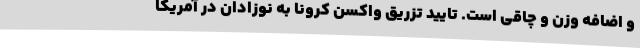
و اضافه وزن و چاقی است. تایید تزریق واکسن کرونا به نوزادان در آمریکا